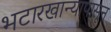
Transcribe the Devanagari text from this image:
भटारखान्यापासून